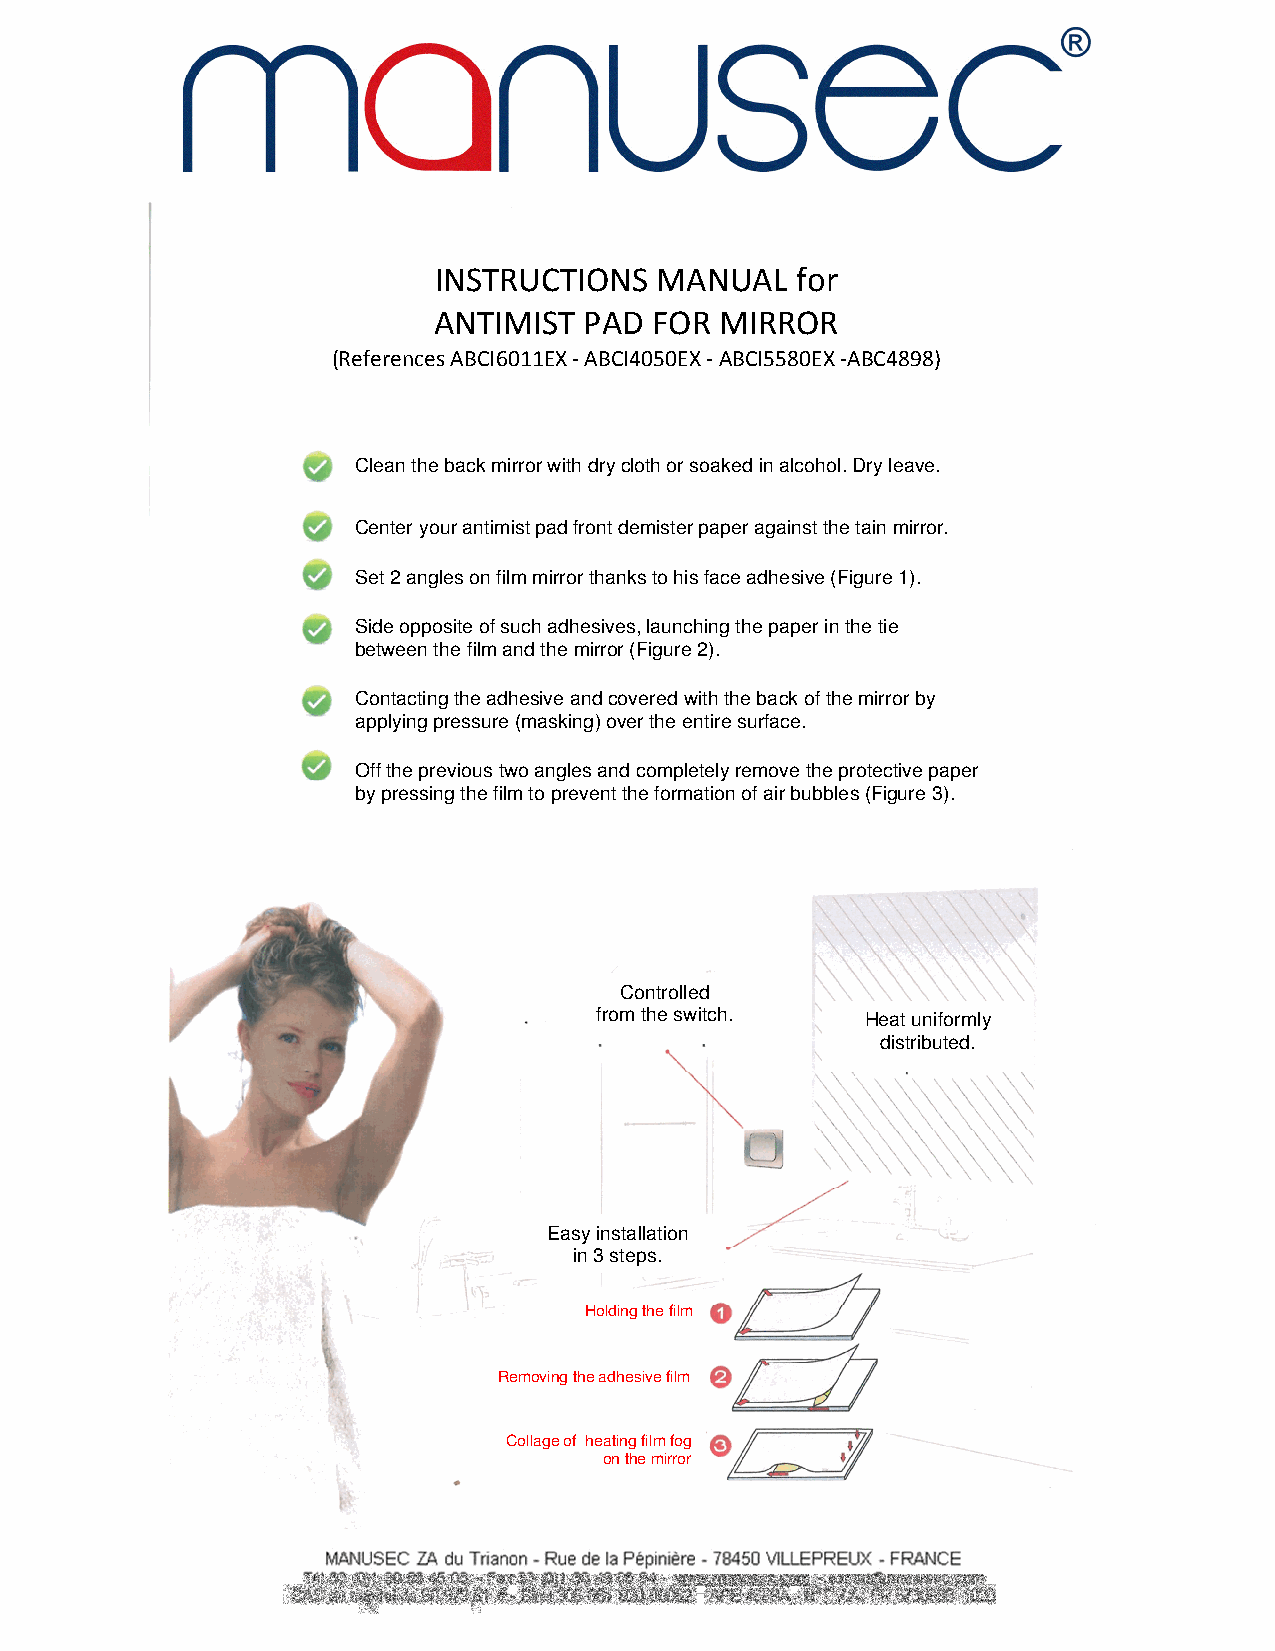
INSTRUCTIONS  MANUAL    for
 ANTIMIST  PAD FOR  MIRROR
 (References ABCI6011EX - ABCI4050EX - ABCI5580EX -ABC4898)
 Clean the back mirror with dry cloth or soaked in alcohol. Dry leave.
 Center your antimist pad front demister paper against the tain mirror.
 Set 2 angles on film mirror thanks to his face adhesive (Figure 1).
 Side opposite of such adhesives, launching the paper in the tie
 between the film and the mirror (Figure 2).
 Contacting the adhesive and covered with the back of the mirror by
 applying pressure (masking) over the entire surface.
 Off the previous two angles and completely remove the protective paper
 by pressing the film to prevent the formation of air bubbles (Figure 3).
 Controlled
 from the switch.  Heat uniformly
 distributed.
 Easy installation
 in 3 steps.
 Holding the film
 Removing the adhesive film
 Collage of heating film fog
 on the mirror